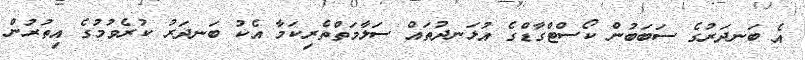
އެ ބަނދަރުގެ ސަބަބުން ކޯސްޓްގާޑްގެ އުޅަނދުތައް ސަލާމަތްތެރިކަމާ އެކު ބަނދަރު ކުރެވުމުގެ އިތުރުން